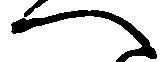
へ